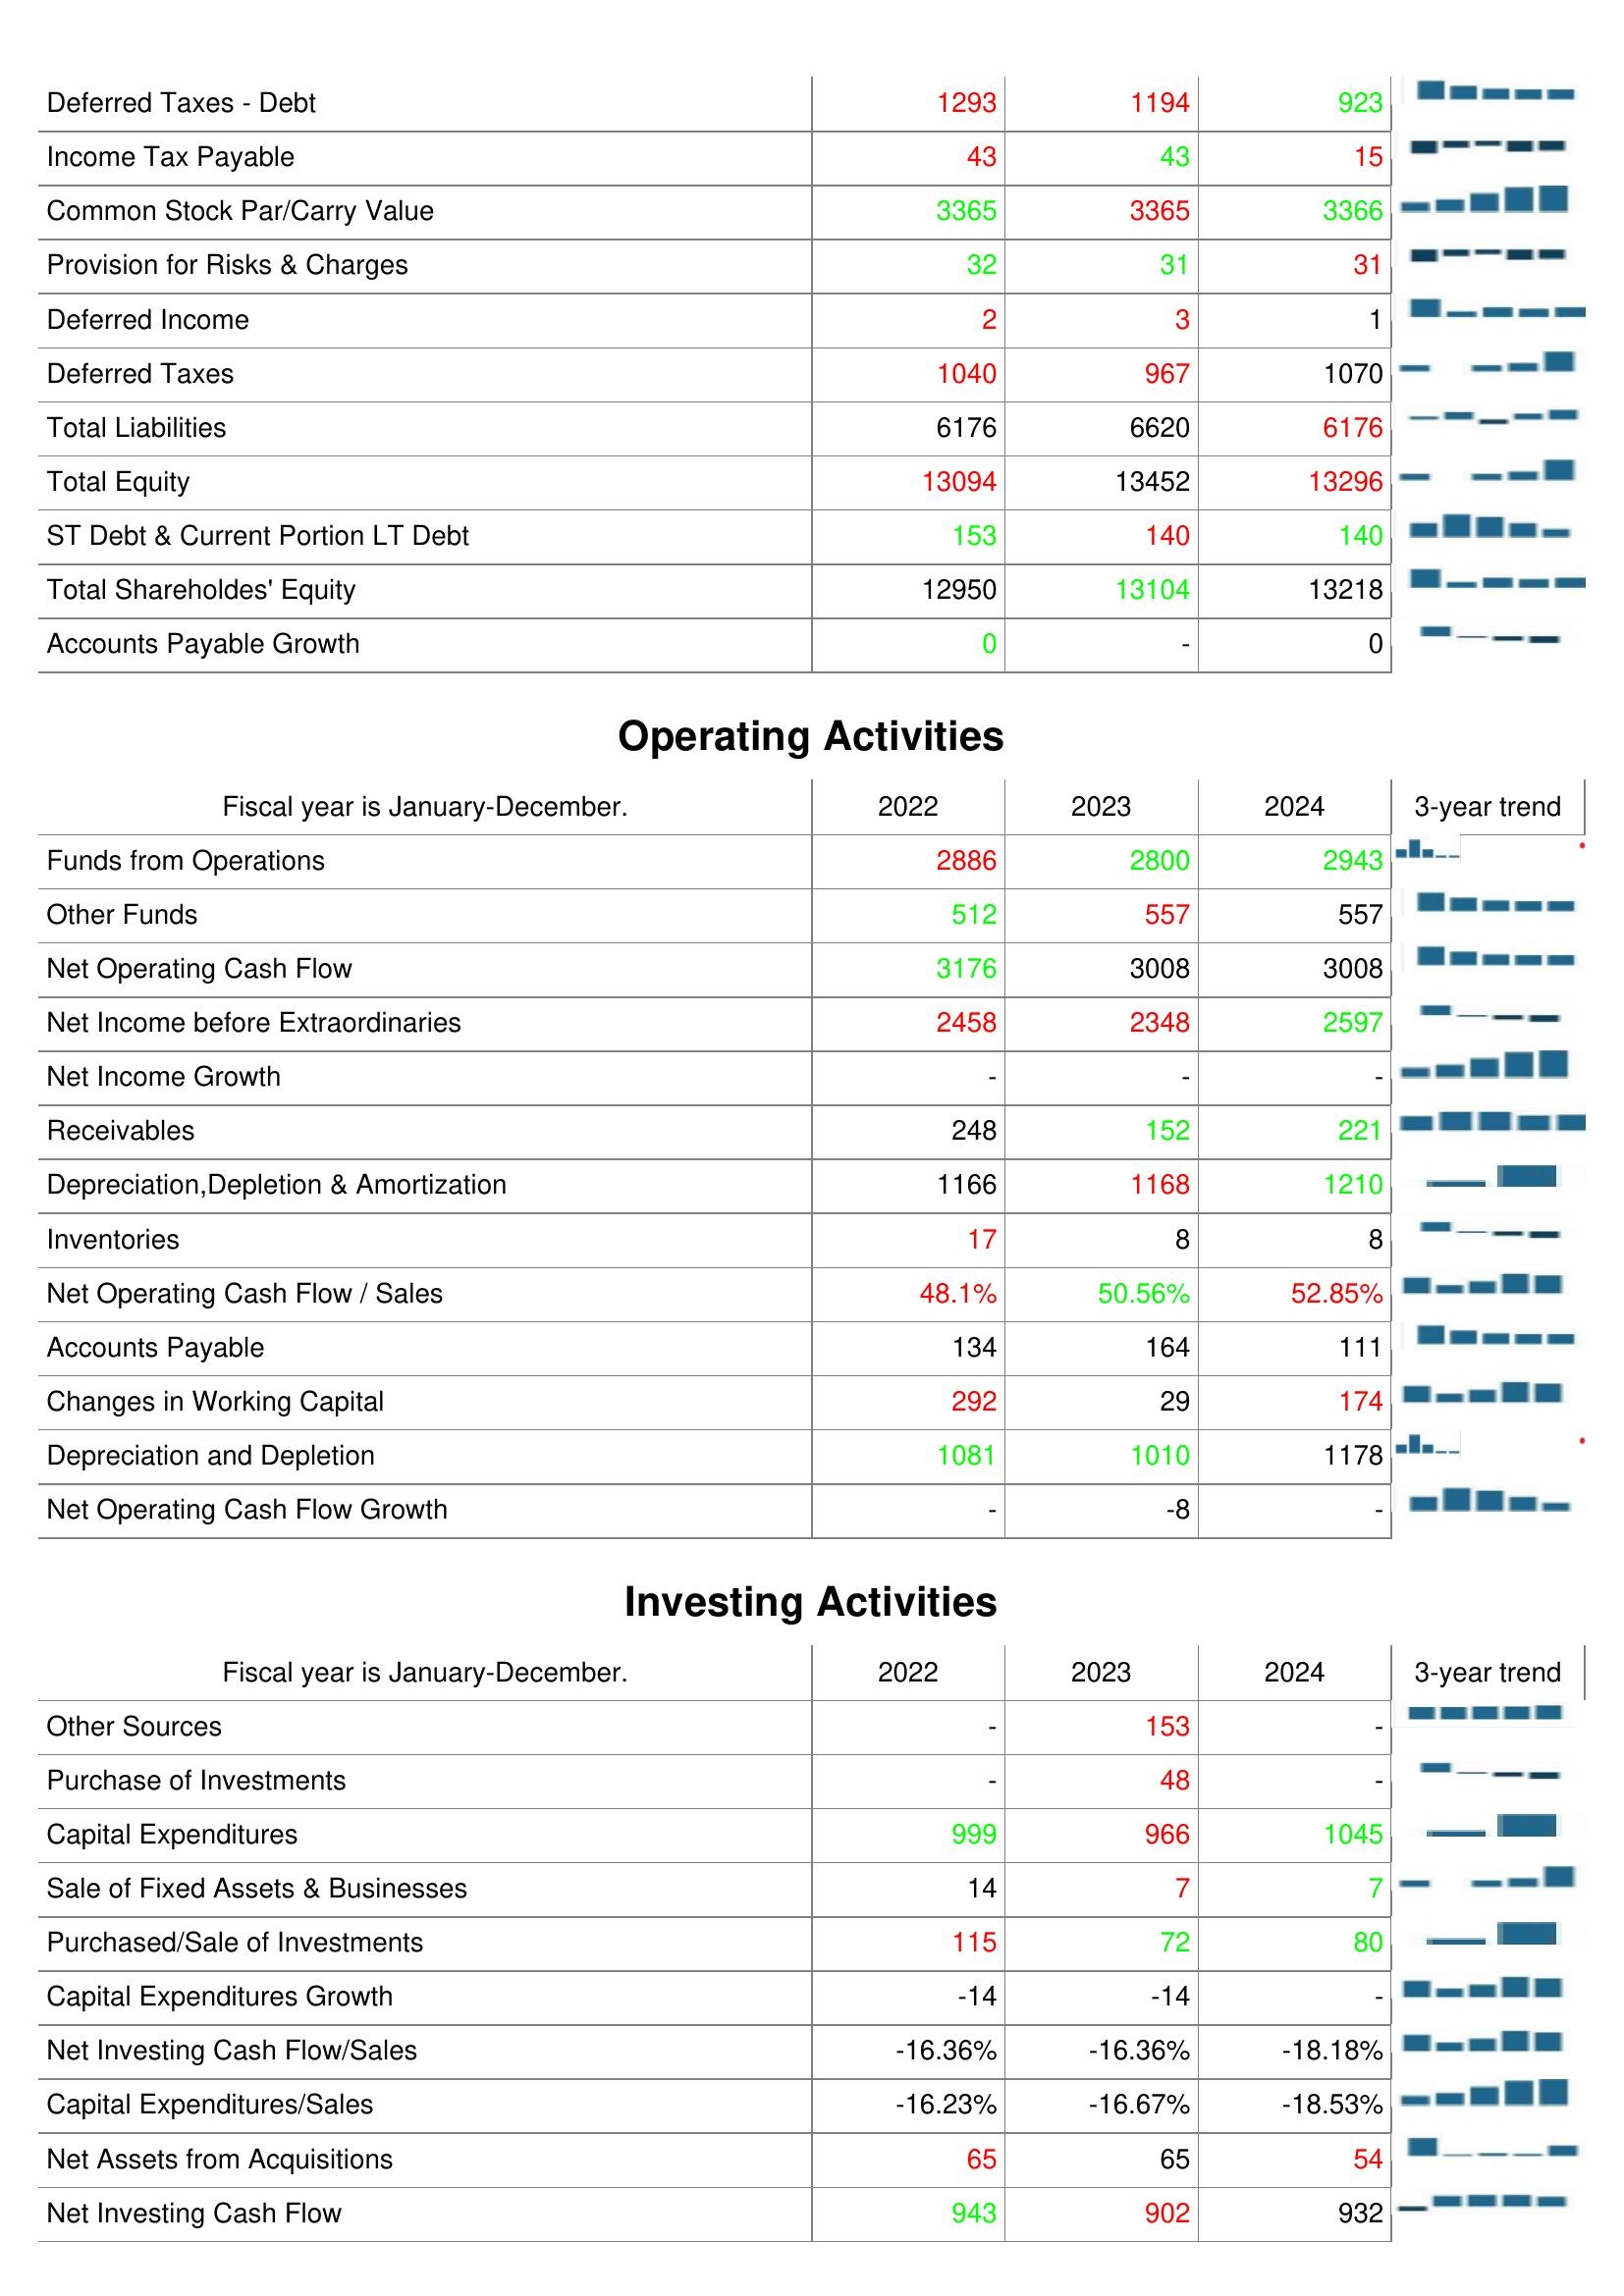
2022: Liabilities & Shareholder's Equity: Deferred Taxes - Debt: 1293
Income Tax Payable: 43
Common Stock Par/Carry Value: 3365
Provision for Risks & Charges: 32
Deferred Income: 2
Deferred Taxes: 1040
Total Liabilities: 6176
Total Equity: 13094
ST Debt & Current Portion LT Debt: 153
Total Shareholdes' Equity: 12950
Accounts Payable Growth: 0
Operating Activities: Funds from Operations: 2886
Other Funds: 512
Net Operating Cash Flow: 3176
Net Income before Extraordinaries: 2458
Net Income Growth: -
Receivables: 248
Depreciation,Depletion & Amortization: 1166
Inventories: 17
Net Operating Cash Flow / Sales: 48.1%
Accounts Payable: 134
Changes in Working Capital: 292
Depreciation and Depletion: 1081
Net Operating Cash Flow Growth: -
Investing Activities: Other Sources: -
Purchase of Investments: -
Capital Expenditures: 999
Sale of Fixed Assets & Businesses: 14
Purchased/Sale of Investments: 115
Capital Expenditures Growth: -14
Net Investing Cash Flow/Sales: -16.36%
Capital Expenditures/Sales: -16.23%
Net Assets from Acquisitions: 65
Net Investing Cash Flow: 943
2023: Liabilities & Shareholder's Equity: Deferred Taxes - Debt: 1194
Income Tax Payable: 43
Common Stock Par/Carry Value: 3365
Provision for Risks & Charges: 31
Deferred Income: 3
Deferred Taxes: 967
Total Liabilities: 6620
Total Equity: 13452
ST Debt & Current Portion LT Debt: 140
Total Shareholdes' Equity: 13104
Accounts Payable Growth: -
Operating Activities: Funds from Operations: 2800
Other Funds: 557
Net Operating Cash Flow: 3008
Net Income before Extraordinaries: 2348
Net Income Growth: -
Receivables: 152
Depreciation,Depletion & Amortization: 1168
Inventories: 8
Net Operating Cash Flow / Sales: 50.56%
Accounts Payable: 164
Changes in Working Capital: 29
Depreciation and Depletion: 1010
Net Operating Cash Flow Growth: -8
Investing Activities: Other Sources: 153
Purchase of Investments: 48
Capital Expenditures: 966
Sale of Fixed Assets & Businesses: 7
Purchased/Sale of Investments: 72
Capital Expenditures Growth: -14
Net Investing Cash Flow/Sales: -16.36%
Capital Expenditures/Sales: -16.67%
Net Assets from Acquisitions: 65
Net Investing Cash Flow: 902
2024: Liabilities & Shareholder's Equity: Deferred Taxes - Debt: 923
Income Tax Payable: 15
Common Stock Par/Carry Value: 3366
Provision for Risks & Charges: 31
Deferred Income: 1
Deferred Taxes: 1070
Total Liabilities: 6176
Total Equity: 13296
ST Debt & Current Portion LT Debt: 140
Total Shareholdes' Equity: 13218
Accounts Payable Growth: 0
Operating Activities: Funds from Operations: 2943
Other Funds: 557
Net Operating Cash Flow: 3008
Net Income before Extraordinaries: 2597
Net Income Growth: -
Receivables: 221
Depreciation,Depletion & Amortization: 1210
Inventories: 8
Net Operating Cash Flow / Sales: 52.85%
Accounts Payable: 111
Changes in Working Capital: 174
Depreciation and Depletion: 1178
Net Operating Cash Flow Growth: -
Investing Activities: Other Sources: -
Purchase of Investments: -
Capital Expenditures: 1045
Sale of Fixed Assets & Businesses: 7
Purchased/Sale of Investments: 80
Capital Expenditures Growth: -
Net Investing Cash Flow/Sales: -18.18%
Capital Expenditures/Sales: -18.53%
Net Assets from Acquisitions: 54
Net Investing Cash Flow: 932